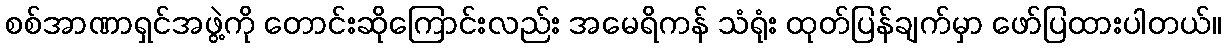
စစ်အာဏာရှင်အဖွဲ့ကို တောင်းဆိုကြောင်းလည်း အမေရိကန် သံရုံး ထုတ်ပြန်ချက်မှာ ဖော်ပြထားပါတယ်။